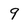
Character: 9